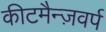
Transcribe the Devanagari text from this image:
कीटमैन्ज़वर्प